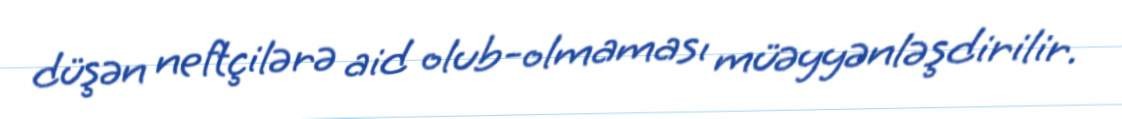
düşən neftçilərə aid olub-olmaması müəyyənləşdirilir.